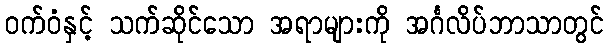
ဝက်ဝံနှင့် သက်ဆိုင်သော အရာများကို အင်္ဂလိပ်ဘာသာတွင်